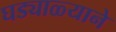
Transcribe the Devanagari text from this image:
घड्याळ्याने